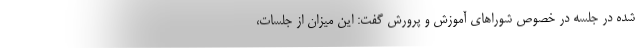
شده در جلسه در خصوص شوراهای آموزش و پرورش گفت: این میزان از جلسات،